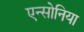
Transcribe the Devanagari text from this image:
एन्सोनिया